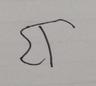
Signature authenticity: forged